Vaccination in the Punjab 1897-1904 - 1897-1904
Year: 1897
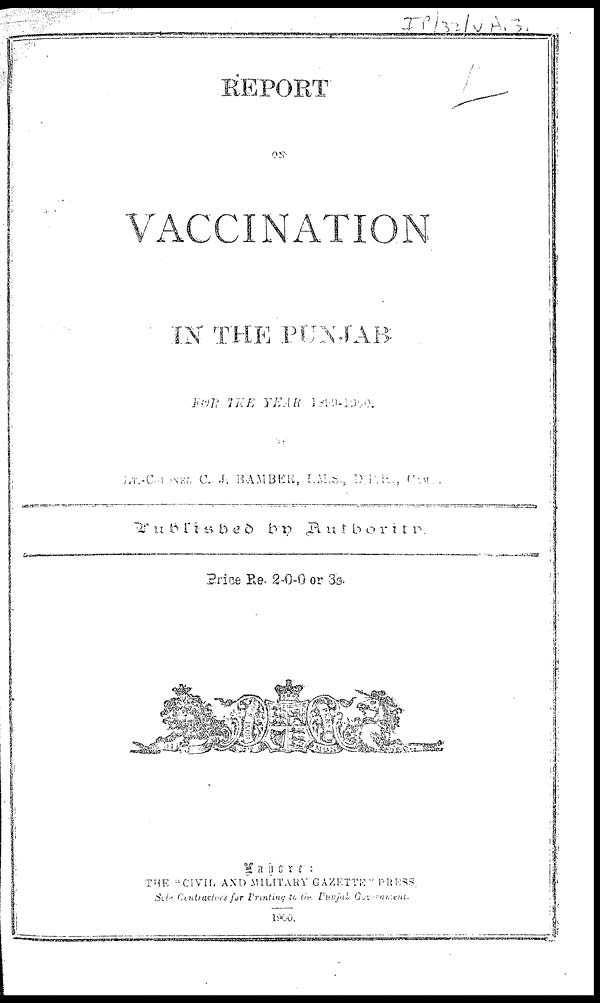
REPORT
VACCINATION
IN THE PUNJAB
FOR THE YEAR 1899-1900
BY
LT.-CONSONEL C.J. BAMBER, L.M.S., D.P.E.,
Published by
Price Re.2-0-0 or 3s.
Lahore:
THE "CIVIL AND MILITARY GAZETTE" PRESS,
Contractors to the Punjab Government.
1900